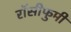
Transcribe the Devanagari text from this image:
रॉसीफुमी